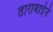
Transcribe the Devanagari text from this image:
ताराबाईने